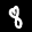
Label: 8